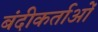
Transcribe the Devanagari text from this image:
बंदीकर्ताओं